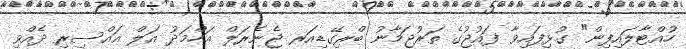
ހުއްޓާލައިފިން" ގުޅިފައިވާ ފައުޖުގެ ތަރުޖަމާނު ބްރިގޭޑިއަރ ޖެނެރަލް އަހްމަދު އަލް އައްސިރި ދެއްވި